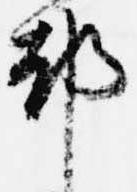
都